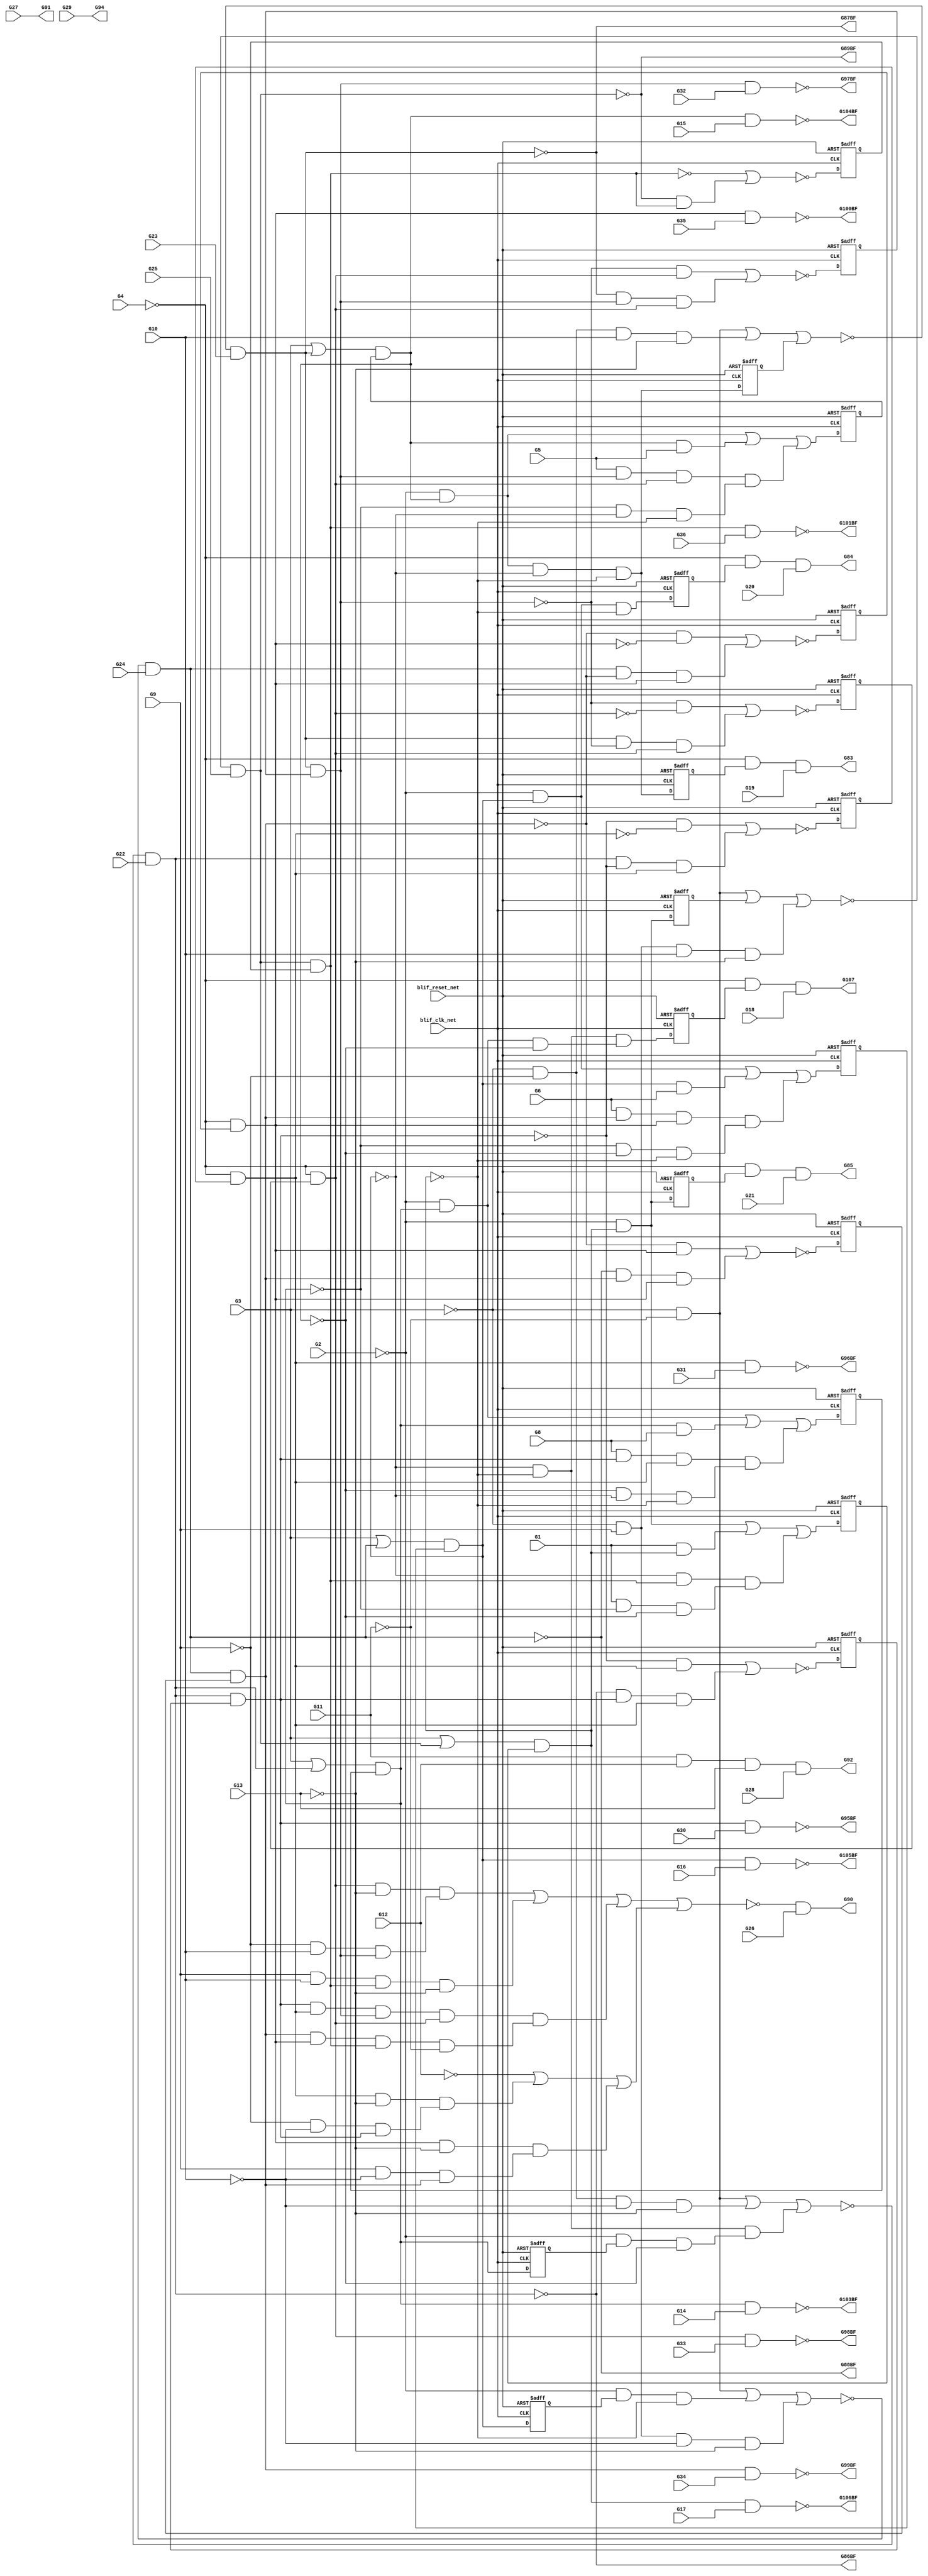
module s713_bench(
  blif_clk_net,
  blif_reset_net,
  G1,
  G2,
  G3,
  G4,
  G5,
  G6,
  G8,
  G9,
  G10,
  G11,
  G12,
  G13,
  G14,
  G15,
  G16,
  G17,
  G18,
  G19,
  G20,
  G21,
  G22,
  G23,
  G24,
  G25,
  G26,
  G27,
  G28,
  G29,
  G30,
  G31,
  G32,
  G33,
  G34,
  G35,
  G36,
  G103BF,
  G104BF,
  G105BF,
  G106BF,
  G107,
  G83,
  G84,
  G85,
  G86BF,
  G87BF,
  G88BF,
  G89BF,
  G90,
  G91,
  G92,
  G94,
  G95BF,
  G96BF,
  G97BF,
  G98BF,
  G99BF,
  G100BF,
  G101BF);
input blif_clk_net;
input blif_reset_net;
input G1;
input G2;
input G3;
input G4;
input G5;
input G6;
input G8;
input G9;
input G10;
input G11;
input G12;
input G13;
input G14;
input G15;
input G16;
input G17;
input G18;
input G19;
input G20;
input G21;
input G22;
input G23;
input G24;
input G25;
input G26;
input G27;
input G28;
input G29;
input G30;
input G31;
input G32;
input G33;
input G34;
input G35;
input G36;
output G103BF;
output G104BF;
output G105BF;
output G106BF;
output G107;
output G83;
output G84;
output G85;
output G86BF;
output G87BF;
output G88BF;
output G89BF;
output G90;
output G91;
output G92;
output G94;
output G95BF;
output G96BF;
output G97BF;
output G98BF;
output G99BF;
output G100BF;
output G101BF;
reg G64;
reg G65;
reg G66;
reg G67;
reg G68;
reg G69;
reg G70;
reg G71;
reg G72;
reg G73;
reg G74;
reg G75;
reg G76;
reg G77;
reg G78;
reg G79;
reg G80;
reg G81;
reg G82;
wire G178;
wire II372;
wire G333;
wire G381;
wire G260;
wire G228;
wire G234;
wire G361;
wire IIII272;
wire II263;
wire G138;
wire G140;
wire G371;
wire II476;
wire G301;
wire G217;
wire G209;
wire G395;
wire G254;
wire G353;
wire G365;
wire II175;
wire II517;
wire II172;
wire G356;
wire G105;
wire IIII348;
wire IIII652;
wire G313;
wire IIII300;
wire G270;
wire G329;
wire G134;
wire G218;
wire IIII343;
wire G122;
wire G117;
wire IIII553;
wire G389;
wire II363;
wire IIII527;
wire IIII649;
wire G210;
wire II469;
wire G310;
wire G284;
wire II266;
wire G238;
wire G325;
wire G114;
wire G221;
wire G246;
wire G307;
wire IIII244;
wire II366;
wire G386;
wire II278;
wire II291;
wire II466;
wire G118;
wire IIII285;
wire II321;
wire G130;
wire IIII660;
wire II199;
wire G348;
wire G87;
wire IIII320;
wire IIII680;
wire G373;
wire G341;
wire G213;
wire G126;
wire IIII321;
wire G366;
wire G354;
wire G377;
wire II382;
wire G344;
wire G300;
wire G169;
wire II193;
wire IIII518;
wire G111;
wire G263;
wire G233;
wire II208;
wire G324;
wire II190;
wire G239;
wire G166;
wire G312;
wire G216;
wire IIII533;
wire IIII422;
wire G227;
wire II472;
wire G282;
wire G286;
wire G392;
wire G369;
wire G162;
wire IIII293;
wire IIII655;
wire II551;
wire G253;
wire G136;
wire IIII646;
wire II538;
wire G359;
wire G391;
wire G364;
wire G141;
wire G190;
wire II338;
wire G245;
wire G128;
wire G285;
wire II390;
wire IIII538;
wire G268;
wire G97;
wire G271;
wire IIII210;
wire II386;
wire IIII512;
wire G150;
wire G379;
wire G104;
wire G316;
wire IIII406;
wire G225;
wire G360;
wire G135;
wire II527;
wire G384;
wire II524;
wire II324;
wire G303;
wire G397;
wire G375;
wire IIII336;
wire G240;
wire II205;
wire G247;
wire G376;
wire G264;
wire II275;
wire G89;
wire G257;
wire G294;
wire G212;
wire G276;
wire G98;
wire G339;
wire II449;
wire G372;
wire II211;
wire G183;
wire IIII313;
wire II541;
wire G127;
wire G336;
wire G173;
wire II442;
wire G108;
wire G252;
wire IIII329;
wire G110;
wire G88;
wire II181;
wire IIII342;
wire II335;
wire G119;
wire IIII306;
wire II354;
wire G131;
wire G331;
wire II169;
wire G347;
wire II254;
wire IIII265;
wire G100;
wire G363;
wire G124;
wire IIII315;
wire II357;
wire G120;
wire G95;
wire IIII222;
wire G315;
wire IIII307;
wire G244;
wire G368;
wire G273;
wire II269;
wire G236;
wire G393;
wire II547;
wire II535;
wire G258;
wire G248;
wire IIII208;
wire G137;
wire G383;
wire G129;
wire G342;
wire G174;
wire G378;
wire G309;
wire G146;
wire IIII521;
wire G198;
wire G289;
wire IIII524;
wire G184;
wire G256;
wire G132;
wire G380;
wire G158;
wire IIII258;
wire IIII328;
wire G387;
wire IIII299;
wire IIII224;
wire II460;
wire G113;
wire II281;
wire G272;
wire G251;
wire G319;
wire G222;
wire IIII287;
wire G219;
wire G338;
wire G230;
wire G115;
wire G283;
wire IIII341;
wire G103;
wire IIII301;
wire II608;
wire G243;
wire G374;
wire G208;
wire G211;
wire G293;
wire IIII251;
wire G265;
wire IIII687;
wire IIII537;
wire G267;
wire G275;
wire II165;
wire II295;
wire II260;
wire IIII294;
wire G279;
wire IIII335;
wire G277;
wire G262;
wire G215;
wire II196;
wire G335;
wire II287;
wire G223;
wire G281;
wire II360;
wire II341;
wire G322;
wire G362;
wire IIII398;
wire G202;
wire G396;
wire G358;
wire G235;
wire G142;
wire G352;
wire II178;
wire G288;
wire G206;
wire G304;
wire G101;
wire II202;
wire G121;
wire G370;
wire G261;
wire G139;
wire G255;
wire G109;
wire G321;
wire G237;
wire G259;
wire IIII308;
wire IIII279;
wire G125;
wire II303;
wire G298;
wire IIII350;
wire G168;
wire II184;
wire IIII292;
wire IIII327;
wire G350;
wire G229;
wire IIII286;
wire IIII314;
wire G318;
wire II452;
wire G274;
wire G179;
wire II272;
wire G357;
wire II369;
wire IIII178;
wire G394;
wire G226;
wire G224;
wire IIII356;
wire G99;
wire IIII515;
wire G388;
wire G382;
wire G116;
wire G112;
wire G250;
wire IIII237;
wire G287;
wire G86;
wire G241;
wire G306;
wire G231;
wire G280;
wire IIII476;
wire IIII643;
wire G214;
wire G327;
wire IIII414;
wire G133;
wire IIII684;
wire G266;
wire G242;
wire IIII633;
wire G96;
wire II375;
wire IIII334;
wire G345;
wire G249;
wire G194;
wire G232;
wire IIII495;
wire G220;
wire II257;
wire II463;
wire G390;
wire G367;
wire IIII349;
wire G278;
wire IIII223;
wire IIII546;
wire II187;
wire IIII230;
wire G143;
wire IIII322;
wire II544;
wire G355;
wire IIII209;
wire G154;
wire II378;
wire G106;
always @(posedge blif_clk_net or posedge blif_reset_net)
  if(blif_reset_net == 1)
    G64 <= 0;
  else
    G64 <= G380;
always @(posedge blif_clk_net or posedge blif_reset_net)
  if(blif_reset_net == 1)
    G65 <= 0;
  else
    G65 <= G262;
always @(posedge blif_clk_net or posedge blif_reset_net)
  if(blif_reset_net == 1)
    G66 <= 0;
  else
    G66 <= G394;
always @(posedge blif_clk_net or posedge blif_reset_net)
  if(blif_reset_net == 1)
    G67 <= 0;
  else
    G67 <= G250;
always @(posedge blif_clk_net or posedge blif_reset_net)
  if(blif_reset_net == 1)
    G68 <= 0;
  else
    G68 <= G122;
always @(posedge blif_clk_net or posedge blif_reset_net)
  if(blif_reset_net == 1)
    G69 <= 0;
  else
    G69 <= G133;
always @(posedge blif_clk_net or posedge blif_reset_net)
  if(blif_reset_net == 1)
    G70 <= 0;
  else
    G70 <= G138;
always @(posedge blif_clk_net or posedge blif_reset_net)
  if(blif_reset_net == 1)
    G71 <= 0;
  else
    G71 <= G139;
always @(posedge blif_clk_net or posedge blif_reset_net)
  if(blif_reset_net == 1)
    G72 <= 0;
  else
    G72 <= G140;
always @(posedge blif_clk_net or posedge blif_reset_net)
  if(blif_reset_net == 1)
    G73 <= 0;
  else
    G73 <= G141;
always @(posedge blif_clk_net or posedge blif_reset_net)
  if(blif_reset_net == 1)
    G74 <= 0;
  else
    G74 <= G142;
always @(posedge blif_clk_net or posedge blif_reset_net)
  if(blif_reset_net == 1)
    G75 <= 0;
  else
    G75 <= G125;
always @(posedge blif_clk_net or posedge blif_reset_net)
  if(blif_reset_net == 1)
    G76 <= 0;
  else
    G76 <= G126;
always @(posedge blif_clk_net or posedge blif_reset_net)
  if(blif_reset_net == 1)
    G77 <= 0;
  else
    G77 <= G127;
always @(posedge blif_clk_net or posedge blif_reset_net)
  if(blif_reset_net == 1)
    G78 <= 0;
  else
    G78 <= G128;
always @(posedge blif_clk_net or posedge blif_reset_net)
  if(blif_reset_net == 1)
    G79 <= 0;
  else
    G79 <= G129;
always @(posedge blif_clk_net or posedge blif_reset_net)
  if(blif_reset_net == 1)
    G80 <= 0;
  else
    G80 <= G130;
always @(posedge blif_clk_net or posedge blif_reset_net)
  if(blif_reset_net == 1)
    G81 <= 0;
  else
    G81 <= G131;
always @(posedge blif_clk_net or posedge blif_reset_net)
  if(blif_reset_net == 1)
    G82 <= 0;
  else
    G82 <= G132;
assign G178 = ((~IIII414));
assign II372 = ((~G303));
assign G333 = ((~II324));
assign G381 = ((~II287));
assign G260 = (G395&G383&IIII524);
assign G228 = (G366&G158);
assign G234 = (G379&G387);
assign G361 = ((~IIII646));
assign IIII272 = ((~G277));
assign II263 = ((~G338));
assign G138 = ((~IIII321))|((~IIII322));
assign G140 = ((~IIII335))|((~IIII336));
assign G371 = ((~II295));
assign II476 = ((~G158));
assign G301 = ((~II544));
assign G395 = ((~G158));
assign G217 = ((~II211));
assign G209 = ((~II193));
assign G254 = (G353&G370&G371);
assign G353 = ((~II527));
assign G365 = ((~G364));
assign II175 = ((~G72));
assign II517 = ((~G134));
assign II172 = ((~G71));
assign G356 = ((~G355));
assign G105 = (G307&G16);
assign IIII348 = ((~G288));
assign IIII652 = ((~G8));
assign G313 = ((~II272));
assign IIII300 = ((~G281))|((~IIII299));
assign G270 = (G265)|(G266)|(G267)|(IIII546);
assign G329 = ((~II321));
assign G134 = ((~IIII293))|((~IIII294));
assign G218 = ((~G360));
assign IIII343 = ((~IIII341));
assign G83 = (G316&G19);
assign G122 = ((~IIII209))|((~IIII210));
assign G117 = ((~II175));
assign IIII553 = (G366&G150&G393);
assign G389 = ((~IIII687));
assign II363 = ((~G309));
assign IIII527 = (G366&G64&G393);
assign IIII649 = ((~G6));
assign G210 = ((~G379))|((~G356));
assign II469 = ((~G306));
assign G310 = ((~II363));
assign G284 = (G235)|(G251);
assign II266 = ((~G344));
assign G238 = (G370&G372);
assign G325 = ((~II257));
assign G114 = ((~G360));
assign G221 = ((~II184));
assign G246 = (G357&G378&G381);
assign IIII244 = ((~G273));
assign G307 = ((~II469));
assign II366 = ((~G341));
assign G386 = ((~IIII680));
assign II278 = ((~G318));
assign II291 = ((~G194));
assign II466 = ((~G306));
assign G118 = ((~G360));
assign IIII285 = ((~G279));
assign II321 = ((~G135));
assign G130 = ((~IIII265));
assign IIII660 = ((~G10));
assign II199 = ((~G76));
assign G348 = ((~II538));
assign G104BF = ((~G104));
assign G87 = (G329&G23);
assign IIII320 = ((~G284));
assign G103BF = ((~G103));
assign IIII680 = ((~G11));
assign G373 = ((~II386));
assign G341 = (G116&G117);
assign G213 = ((~II205));
assign G88BF = ((~G88));
assign G126 = ((~IIII237));
assign IIII321 = ((~G284))|((~IIII320));
assign G366 = ((~G2));
assign G354 = ((~G353));
assign G377 = ((~II472));
assign II382 = ((~G162));
assign G344 = (G118&G119);
assign G300 = (G208&G209);
assign G169 = ((~II524));
assign II193 = ((~G75));
assign IIII518 = (G391&G395&G397);
assign G111 = ((~II202));
assign G263 = (G379&G364&G368&G390);
assign G233 = (G379&G387);
assign II208 = ((~G78));
assign G100BF = ((~G100));
assign G97BF = ((~G97));
assign II190 = ((~G82));
assign G324 = (G110&G111);
assign G239 = (G370&G371);
assign G166 = ((~II254));
assign G216 = ((~G360));
assign G312 = (G216&G217);
assign IIII533 = (G365&G367&G373);
assign IIII422 = ((~G89));
assign G227 = (G366&G392);
assign II472 = ((~G190));
assign G282 = (G233)|(G249)|(G263);
assign G286 = (G237)|(G253);
assign G392 = ((~II390));
assign G369 = ((~II547));
assign G162 = ((~II360));
assign IIII293 = ((~G280))|((~IIII292));
assign II551 = ((~G150));
assign IIII655 = ((~G9));
assign G253 = (G356&G373&G375);
assign G136 = ((~IIII307))|((~IIII308));
assign IIII646 = ((~G5));
assign II538 = ((~G347));
assign G359 = ((~G184));
assign G391 = ((~G150));
assign G364 = ((~IIII655));
assign G141 = ((~IIII342))|((~IIII343));
assign G190 = ((~II460));
assign II338 = ((~G183));
assign G245 = (G352&G396);
assign G128 = ((~IIII251));
assign G285 = (G236)|(G252);
assign II390 = ((~G154));
assign G94 = ((~IIII178));
assign IIII538 = (G377&G381&G383&G387);
assign G268 = (G224)|(G240);
assign G91 = ((~II165));
assign G86BF = ((~G86));
assign G97 = (G342&G32);
assign G271 = (G226)|(G242)|(G257);
assign IIII210 = ((~IIII208));
assign II386 = ((~G198));
assign IIII512 = (G364&G368&G377);
assign G150 = ((~II541));
assign G104 = (G304&G15);
assign G316 = ((~II275));
assign G379 = ((~G3));
assign IIII406 = ((~G87));
assign G225 = ((~G388));
assign G360 = ((~IIII643));
assign G135 = ((~IIII300))|((~IIII301));
assign II527 = ((~G169));
assign G384 = ((~G383));
assign II524 = ((~G168));
assign II324 = ((~G137));
assign G84 = (G319&G20);
assign G303 = (G210&G211);
assign G397 = ((~G396));
assign G92 = (G350&G28);
assign G375 = ((~II291));
assign IIII336 = ((~IIII334));
assign G240 = (G359&G383);
assign II205 = ((~G77));
assign G247 = (G379&G365&G368&G390);
assign G376 = ((~G375));
assign G264 = (G379&G364&G367&G390);
assign G89 = (G333&G25);
assign II275 = ((~G315));
assign G257 = (G363&G369&G371&IIII515);
assign G294 = ((~II357));
assign G212 = ((~G379))|((~G358));
assign G276 = (G366&G392&G395&G397);
assign G98 = (G339&G33);
assign G339 = ((~II263));
assign II449 = ((~G178));
assign G372 = ((~G371));
assign II211 = ((~G79));
assign G183 = ((~IIII422));
assign IIII313 = ((~G283));
assign II541 = ((~G300));
assign G87BF = ((~G87));
assign G127 = ((~IIII244));
assign G336 = ((~II463));
assign G173 = ((~IIII406));
assign II442 = ((~G136));
assign G108 = ((~G359));
assign G252 = (G355&G374&G375);
assign IIII329 = ((~IIII327));
assign G110 = ((~G360));
assign G88 = (G331&G24);
assign II181 = ((~G73));
assign IIII342 = ((~G287))|((~IIII341));
assign II335 = ((~G173));
assign G119 = ((~II181));
assign IIII306 = ((~G282));
assign II354 = ((~G293));
assign G131 = ((~IIII272));
assign G331 = ((~II442));
assign II169 = ((~G70));
assign G347 = (G120&G121);
assign II254 = ((~G324));
assign IIII265 = ((~G276));
assign G100 = (G325&G35);
assign G363 = ((~IIII652));
assign G124 = ((~IIII223))|((~IIII224));
assign G98BF = ((~G98));
assign IIII315 = ((~IIII313));
assign II357 = ((~G293));
assign G95 = (G348&G30);
assign G120 = ((~G354));
assign IIII222 = ((~G270));
assign G315 = (G218&G219);
assign IIII307 = ((~G282))|((~IIII306));
assign G244 = (G158&G362);
assign G368 = ((~G367));
assign G273 = (G228)|(G244)|(G259);
assign II269 = ((~G344));
assign G236 = (G374&G376);
assign G393 = ((~G392));
assign II547 = ((~G206));
assign II535 = ((~G347));
assign G258 = (G361&G373&G375&IIII518);
assign G248 = (G379&G365&G367&G390);
assign IIII208 = ((~G268));
assign G137 = ((~IIII314))|((~IIII315));
assign G129 = ((~IIII258));
assign G383 = ((~II378));
assign G174 = ((~II335));
assign G342 = ((~II369));
assign G378 = ((~G377));
assign G146 = ((~II354));
assign G309 = (G214&G215);
assign IIII521 = (G391&G393&G397);
assign G198 = ((~II366));
assign G105BF = ((~G105));
assign G289 = (G386&G388&G389);
assign IIII524 = (G352&G391&G393);
assign G184 = ((~II338));
assign G256 = (G381&G390&IIII512);
assign G132 = ((~IIII279));
assign G380 = ((~II551));
assign IIII258 = ((~G275));
assign G158 = ((~II466));
assign IIII328 = ((~G285))|((~IIII327));
assign G387 = ((~G386));
assign IIII299 = ((~G281));
assign IIII224 = ((~IIII222));
assign II460 = ((~G335));
assign G113 = ((~II169));
assign II281 = ((~G321));
assign G251 = (G358&G377&G381);
assign G272 = (G227)|(G243)|(G258);
assign G222 = ((~G360));
assign G319 = ((~II278));
assign IIII287 = ((~IIII285));
assign G219 = ((~II178));
assign G85 = (G322&G21);
assign G338 = (G114&G115);
assign G230 = (G378&G382);
assign G115 = ((~II172));
assign G283 = (G234)|(G67)|(G264);
assign IIII341 = ((~G287));
assign G103 = (G301&G14);
assign IIII301 = ((~IIII299));
assign II608 = ((~G124));
assign G243 = (G392&G361);
assign G374 = ((~G373));
assign G208 = ((~G379))|((~G354));
assign G211 = ((~II199));
assign IIII251 = ((~G274));
assign G293 = (G108&G109);
assign G265 = (G375&G390&IIII533);
assign IIII687 = ((~G13));
assign G107 = (G313&G18);
assign G267 = (IIII537&IIII538);
assign IIII537 = (G369&G371&G373&G375);
assign G275 = (G395&G397&IIII553);
assign II165 = ((~G27));
assign II295 = ((~G202));
assign G90 = (G298&G26);
assign II260 = ((~G338));
assign G101BF = ((~G101));
assign IIII335 = ((~G286))|((~IIII334));
assign IIII294 = ((~IIII292));
assign G279 = (G230)|(G246);
assign G277 = (G366&G158&G397);
assign G262 = (G366&G392&G395&G397);
assign G215 = ((~II208));
assign II196 = ((~G68));
assign II287 = ((~G166));
assign G335 = (G112&G113);
assign G223 = ((~II190));
assign G281 = (G232)|(G248)|(G65);
assign G362 = ((~IIII649));
assign G322 = ((~II281));
assign II341 = ((~G174));
assign II360 = ((~G309));
assign IIII398 = ((~G86));
assign G202 = ((~II266));
assign G396 = ((~II382));
assign G358 = ((~G357));
assign G235 = (G378&G381);
assign G142 = ((~IIII349))|((~IIII350));
assign G352 = ((~IIII633));
assign II178 = ((~G80));
assign G288 = (G239)|(G255);
assign G206 = ((~II535));
assign G304 = ((~II375));
assign II202 = ((~G69));
assign G101 = (G294&G36);
assign G121 = ((~II187));
assign G261 = (G395&G397&IIII527);
assign G370 = ((~G369));
assign G139 = ((~IIII328))|((~IIII329));
assign G255 = (G354&G369&G371);
assign G109 = ((~II196));
assign G321 = (G222&G223);
assign G237 = (G374&G375);
assign G259 = (G362&G377&G381&IIII521);
assign IIII308 = ((~IIII306));
assign IIII279 = ((~G278));
assign G89BF = ((~G89));
assign G125 = ((~IIII230));
assign II303 = ((~G143));
assign G298 = ((~II608));
assign IIII350 = ((~IIII348));
assign G168 = ((~IIII398));
assign II184 = ((~G81));
assign IIII292 = ((~G280));
assign G350 = ((~II303));
assign IIII327 = ((~G285));
assign G229 = (G366&G396);
assign IIII286 = ((~G279))|((~IIII285));
assign IIII314 = ((~G283))|((~IIII313));
assign G95BF = ((~G95));
assign G318 = (G220&G221);
assign II452 = ((~G179));
assign G274 = (G229)|(G245)|(G260);
assign II272 = ((~G312));
assign G179 = ((~II449));
assign IIII178 = ((~G29));
assign II369 = ((~G341));
assign G357 = ((~II452));
assign G394 = ((~II476));
assign G226 = (G366&G150);
assign IIII356 = ((~G289));
assign G224 = ((~IIII476));
assign G99 = (G336&G34);
assign IIII515 = (G393&G395&G397);
assign G388 = ((~IIII684));
assign G382 = ((~G381));
assign G116 = ((~G356));
assign G112 = ((~G358));
assign G99BF = ((~G99));
assign IIII237 = ((~G272));
assign G250 = (G366&G396);
assign G287 = (G238)|(G254);
assign G86 = (G327&G22);
assign G241 = (G371&G390&IIII495);
assign G306 = (G212&G213);
assign G231 = (G379&G387);
assign G280 = (G231)|(G247)|(G261);
assign IIII643 = ((~G4));
assign IIII476 = ((~G384));
assign G214 = ((~G379))|((~G359));
assign G327 = ((~II517));
assign IIII414 = ((~G88));
assign G133 = ((~IIII286))|((~IIII287));
assign IIII684 = ((~G12));
assign G242 = (G150&G363);
assign G266 = (G364&G367&G383&G390);
assign IIII633 = ((~G1));
assign G96 = (G345&G31);
assign II375 = ((~G303));
assign G345 = ((~II269));
assign IIII334 = ((~G286));
assign G249 = (G366&G66&G397);
assign G232 = (G379&G387);
assign G194 = ((~II260));
assign IIII495 = (G365&G368&G369);
assign II257 = ((~G324));
assign G220 = ((~G360));
assign II463 = ((~G335));
assign G390 = ((~G389));
assign G367 = ((~IIII660));
assign IIII349 = ((~G288))|((~IIII348));
assign G278 = (G366&G396);
assign IIII223 = ((~G270))|((~IIII222));
assign IIII546 = (G225)|(G241)|(G256);
assign II187 = ((~G74));
assign IIII230 = ((~G271));
assign G96BF = ((~G96));
assign G143 = ((~IIII356));
assign IIII322 = ((~IIII320));
assign G106BF = ((~G106));
assign IIII209 = ((~G268))|((~IIII208));
assign II544 = ((~G300));
assign G355 = ((~II341));
assign G154 = ((~II372));
assign II378 = ((~G146));
assign G106 = (G310&G17);
endmodule